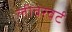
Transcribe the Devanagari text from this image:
लीवरवर्ट